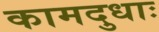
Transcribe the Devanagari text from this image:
कामदुधाः